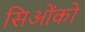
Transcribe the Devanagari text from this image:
सिओंको